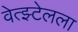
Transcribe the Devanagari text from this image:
वेत्झ्टेलला